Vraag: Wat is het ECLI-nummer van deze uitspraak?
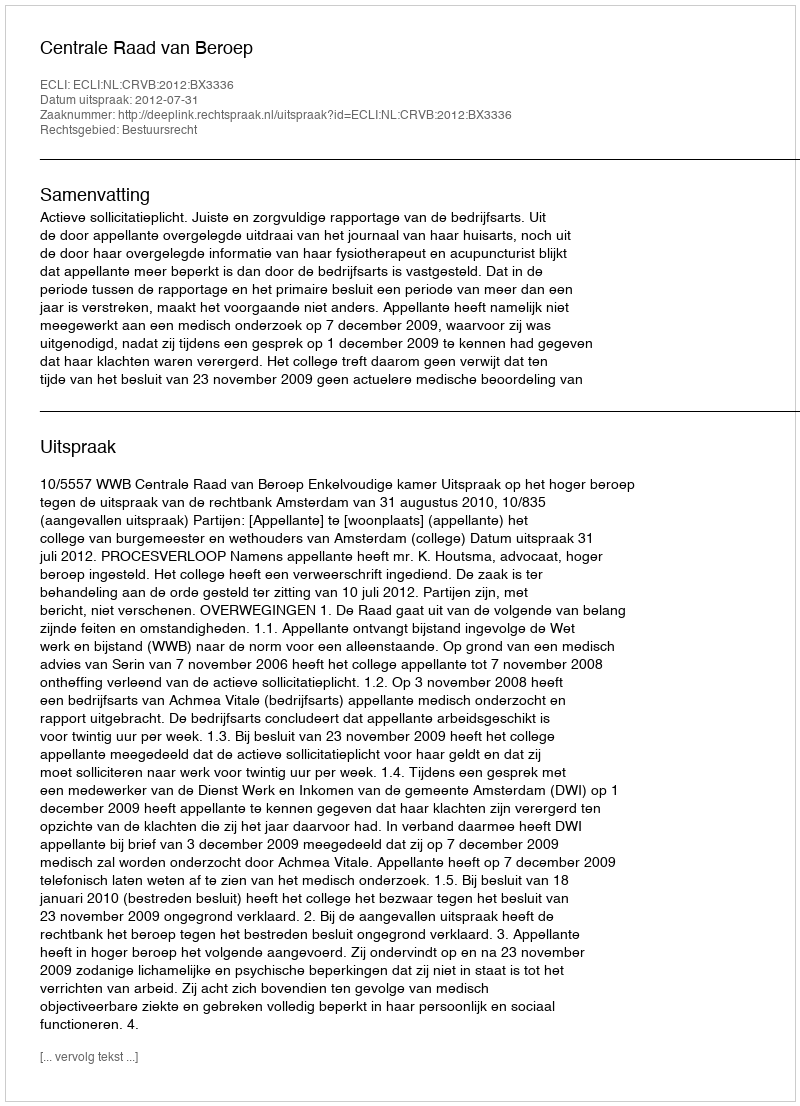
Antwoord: ECLI:NL:CRVB:2012:BX3336